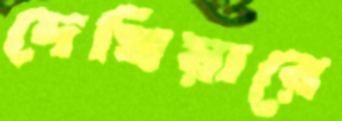
দেখিয়ারে